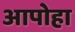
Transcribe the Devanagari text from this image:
आपोहा